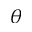
\theta